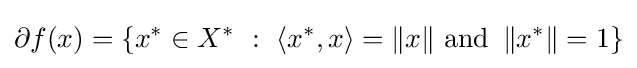
\partial f(x)=\left\{x^{*}\in X^{*}~:~\left\langle x^{*},x\right\rangle =\|x\|{\text{ and }}\left\|x^{*}\right\|=1\right\}